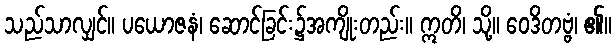
သည်သာလျှင်။ ပယောဇနံ၊ ဆောင်ခြင်း၌အကျိုးတည်း။ ဣတိ၊ သို့။ ဝေဒိတဗ္ဗံ၊ ၏။